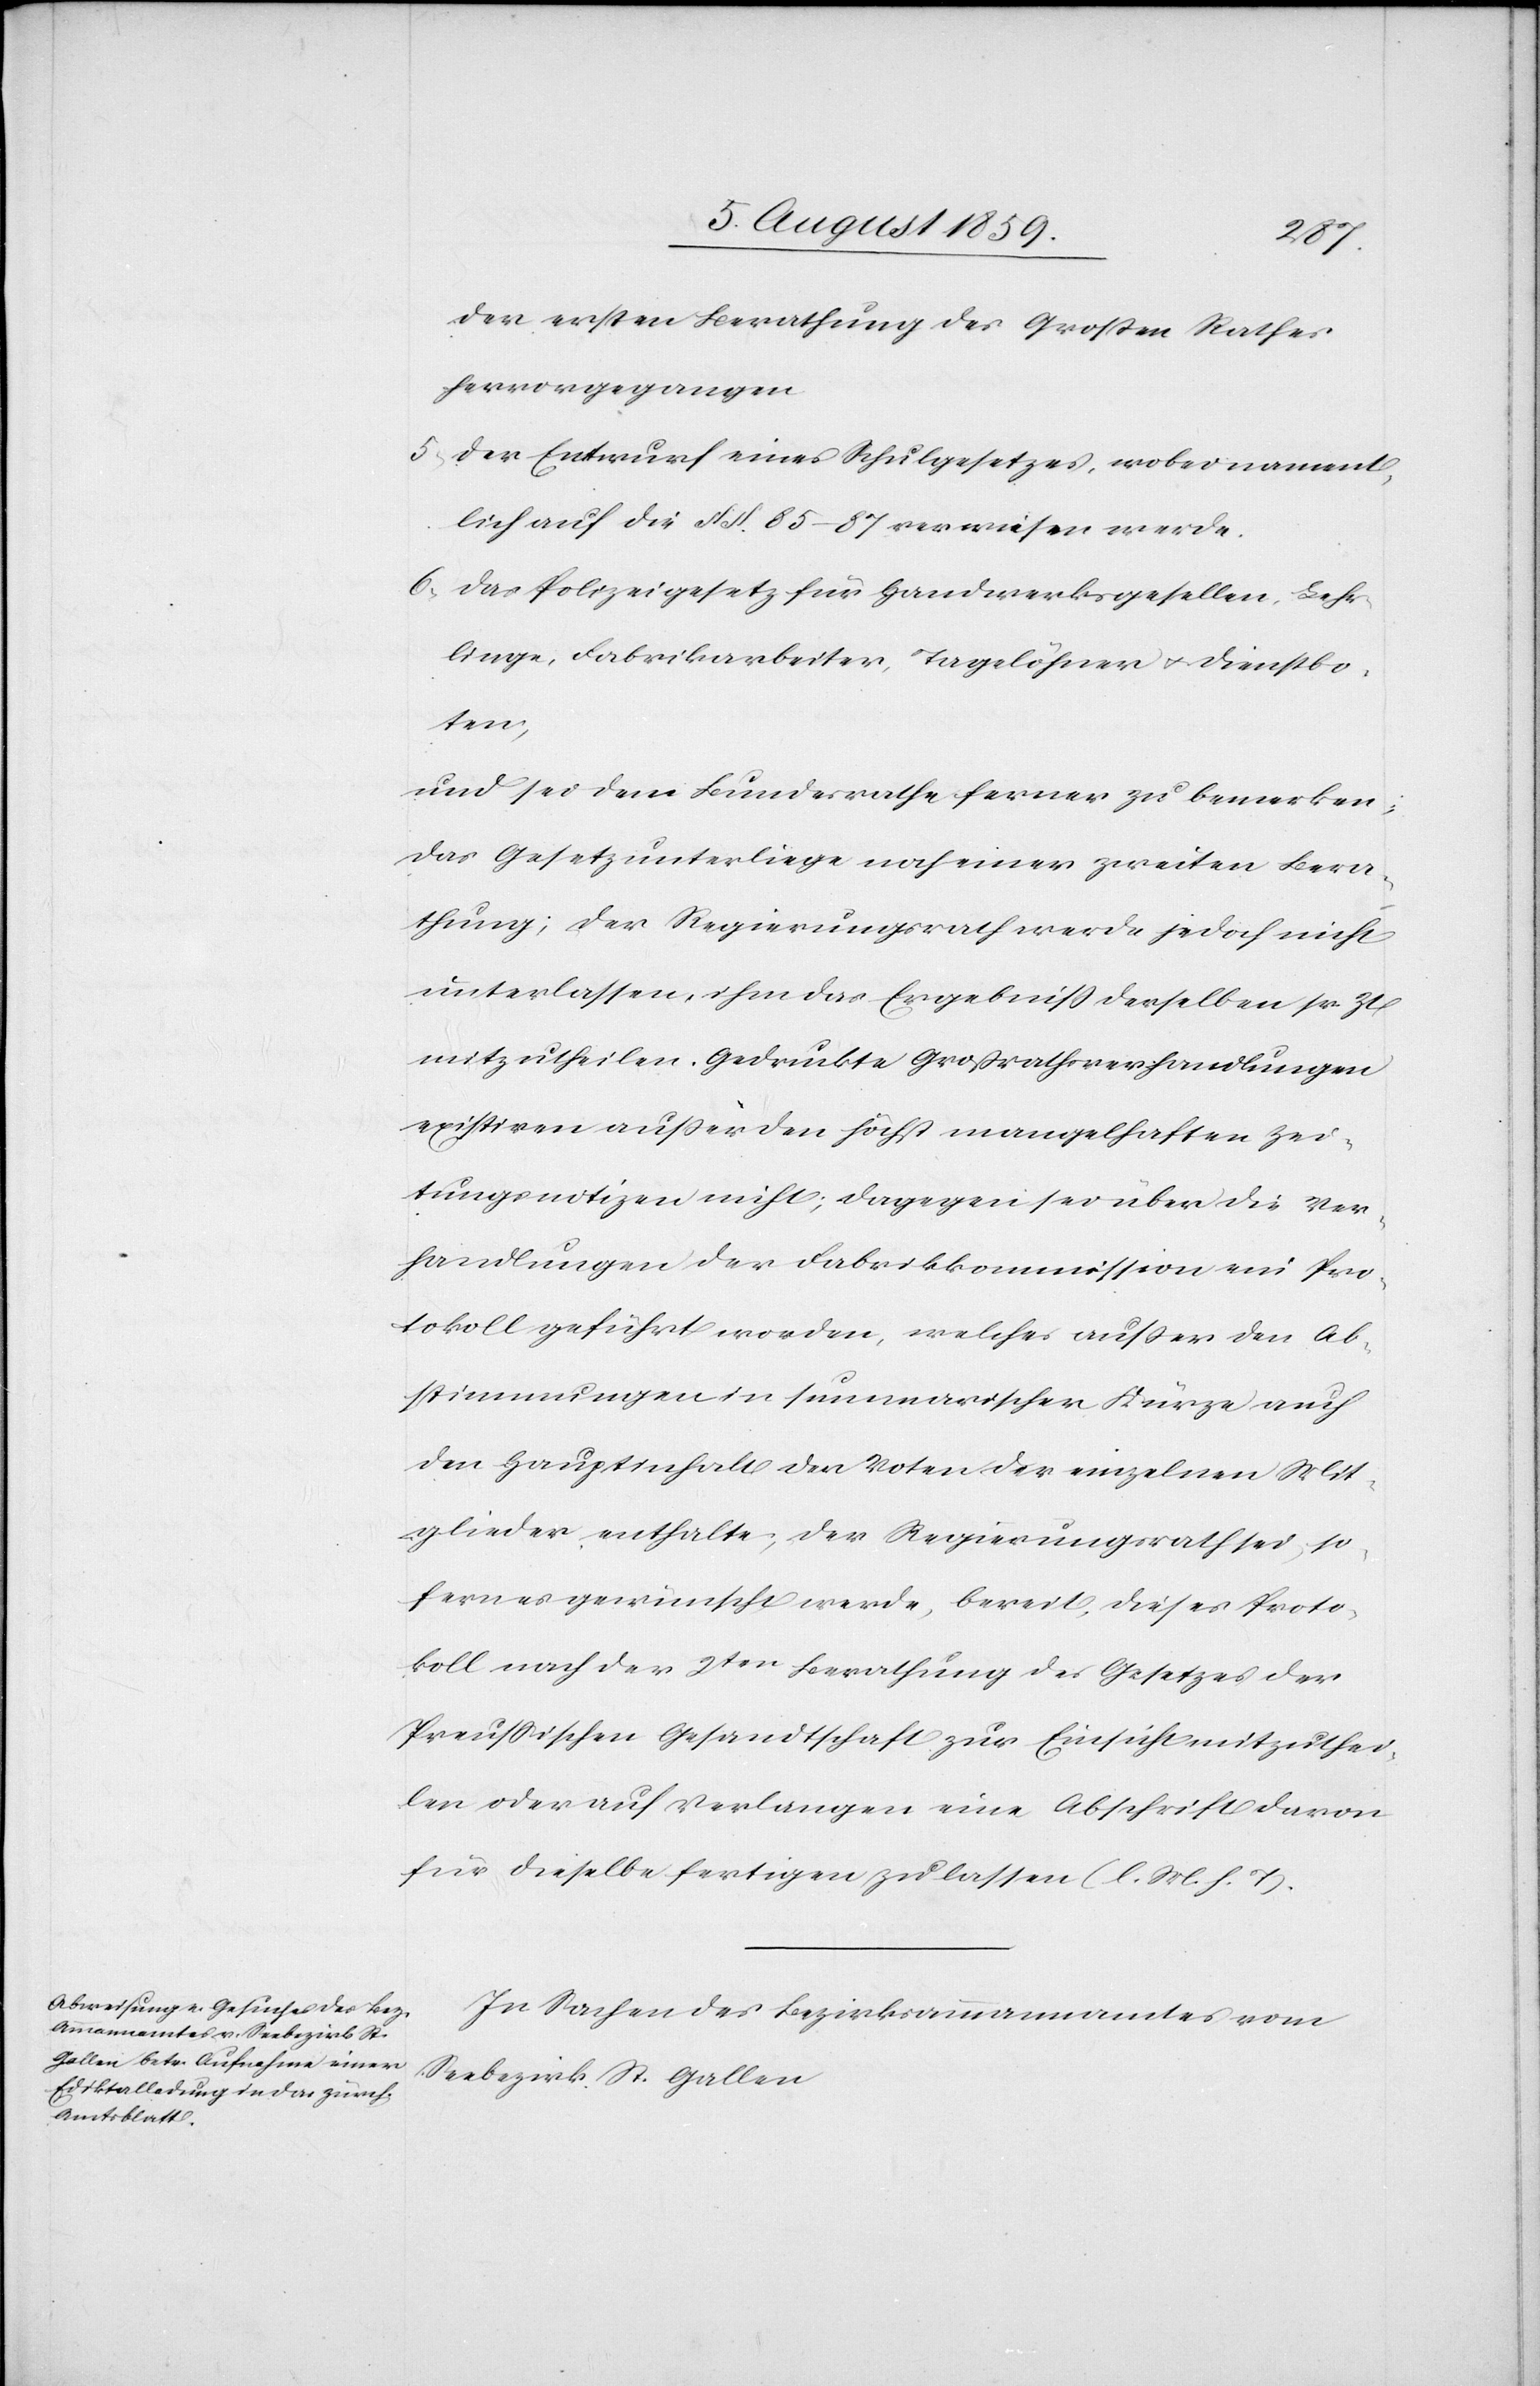
der ersten Berathung des Großen Rathes
hervorgegangen.
5. Der Entwurf eines Schulgesetzes, wobei nament¬
lich auf die §§. 85–87 verwiesen werde.
6. Das Polizeigesetz für Handwerksgesellen, Lehr¬
linge, Fabrikarbeiter, Tagelöhner u. Dienstbo¬
ten,
und sei dem Bundesrathe ferner zu bemerken,
das Gesetz unterliege noch einer zweiten Bera¬
thung; der Regierungsrath werde jedoch nicht
unterlassen, ihm das Ergebniß derselben sr Zt
mitzutheilen. Gedruckte Großrathsverhandlungen
existiren außer den höchst mangelhaften Zei¬
tungsnotizen nicht; dagegen sei über die Ver¬
handlungen der Fabrikkommission ein Pro¬
tokoll geführt worden, welches außer den Ab¬
stimmungen in summarischer Kürze auch
den Hauptinhalt der Voten der einzelnen Mit¬
glieder enthalte, der Regierungsrath sei, so
fern es gewünscht werde, bereit, dieses Proto¬
koll nach der 2ten. Berathung des Gesetzes der
Preußischen Gesandtschaft zur Einsicht mitzuthei¬
len oder auf Verlangen eine Abschrift davon
für dieselbe fertigen zu lassen (l. M. h. T.).
In Sachen des Bezirksammannamtes vom
Seebezirk St. Gallen